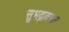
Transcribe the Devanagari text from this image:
सुभद्रावरून